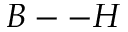
B -- H